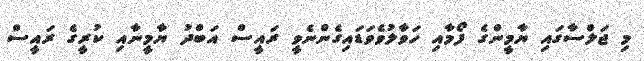
މި ޖަލްސާގައި ޔާމީންގެ ފޯމާއި ހަވާލުވެވަޑައިގެންނެވީ ރައީސް އަބްދު ޔާމީނާއި ކުރީގެ ރައީސް